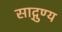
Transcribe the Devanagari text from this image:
साद्गुण्य